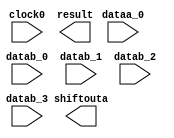
// megafunction wizard: %ALTMULT_ADD%VBB%
// GENERATION: STANDARD
// VERSION: WM1.0
// MODULE: ALTMULT_ADD 

// ============================================================
// Megafunction Name(s):
// 			ALTMULT_ADD
//
// Simulation Library Files(s):
// 			altera_mf
// ============================================================
// ************************************************************
// THIS IS A WIZARD-GENERATED FILE. DO NOT EDIT THIS FILE!
//
// 13.0.1 Build 232 06/12/2013 SP 1 SJ Full Version
// ************************************************************

//Copyright (C) 1991-2013 Altera Corporation
//Your use of Altera Corporation's design tools, logic functions 
//and other software and tools, and its AMPP partner logic 
//functions, and any output files from any of the foregoing 
//(including device programming or simulation files), and any 
//associated documentation or information are expressly subject 
//to the terms and conditions of the Altera Program License 
//Subscription Agreement, Altera MegaCore Function License 
//Agreement, or other applicable license agreement, including, 
//without limitation, that your use is for the sole purpose of 
//programming logic devices manufactured by Altera and sold by 
//Altera or its authorized distributors.  Please refer to the 
//applicable agreement for further details.

module multadd_logic (
	clock0,
	dataa_0,
	datab_0,
	datab_1,
	datab_2,
	datab_3,
	result,
	shiftouta);

	input	  clock0;
	input	[15:0]  dataa_0;
	input	[15:0]  datab_0;
	input	[15:0]  datab_1;
	input	[15:0]  datab_2;
	input	[15:0]  datab_3;
	output	[33:0]  result;
	output	[15:0]  shiftouta;
`ifndef ALTERA_RESERVED_QIS
// synopsys translate_off
`endif
	tri1	  clock0;
	tri0	[15:0]  dataa_0;
	tri0	[15:0]  datab_0;
	tri0	[15:0]  datab_1;
	tri0	[15:0]  datab_2;
	tri0	[15:0]  datab_3;
`ifndef ALTERA_RESERVED_QIS
// synopsys translate_on
`endif

endmodule

// ============================================================
// CNX file retrieval info
// ============================================================
// Retrieval info: PRIVATE: ADDER1_ROUND_ACLR_SRC NUMERIC "3"
// Retrieval info: PRIVATE: ADDER1_ROUND_CLK_SRC NUMERIC "0"
// Retrieval info: PRIVATE: ADDER1_ROUND_OP STRING "Enabled"
// Retrieval info: PRIVATE: ADDER1_ROUND_PIPE_ACLR_SRC NUMERIC "3"
// Retrieval info: PRIVATE: ADDER1_ROUND_PIPE_CLK_SRC NUMERIC "0"
// Retrieval info: PRIVATE: ADDER1_ROUND_PIPE_REG STRING "1"
// Retrieval info: PRIVATE: ADDER1_ROUND_REG STRING "1"
// Retrieval info: PRIVATE: ADDER1_SAT_ACLR_SRC NUMERIC "3"
// Retrieval info: PRIVATE: ADDER1_SAT_CLK_SRC NUMERIC "0"
// Retrieval info: PRIVATE: ADDER1_SAT_OP STRING "Enabled"
// Retrieval info: PRIVATE: ADDER1_SAT_OVERFLOW_OUT NUMERIC "0"
// Retrieval info: PRIVATE: ADDER1_SAT_PIPE_ACLR_SRC NUMERIC "3"
// Retrieval info: PRIVATE: ADDER1_SAT_PIPE_CLK_SRC NUMERIC "0"
// Retrieval info: PRIVATE: ADDER1_SAT_PIPE_REG STRING "0"
// Retrieval info: PRIVATE: ADDER1_SAT_REG STRING "0"
// Retrieval info: PRIVATE: ADDER3_ROUND_ACLR_SRC NUMERIC "3"
// Retrieval info: PRIVATE: ADDER3_ROUND_CLK_SRC NUMERIC "0"
// Retrieval info: PRIVATE: ADDER3_ROUND_OP STRING "Enabled"
// Retrieval info: PRIVATE: ADDER3_ROUND_PIPE_ACLR_SRC NUMERIC "3"
// Retrieval info: PRIVATE: ADDER3_ROUND_PIPE_CLK_SRC NUMERIC "0"
// Retrieval info: PRIVATE: ADDER3_ROUND_PIPE_REG STRING "1"
// Retrieval info: PRIVATE: ADDER3_ROUND_REG STRING "0"
// Retrieval info: PRIVATE: ADDNSUB1_ACLR_SRC NUMERIC "3"
// Retrieval info: PRIVATE: ADDNSUB1_CLK_SRC NUMERIC "0"
// Retrieval info: PRIVATE: ADDNSUB1_PIPE_ACLR_SRC NUMERIC "3"
// Retrieval info: PRIVATE: ADDNSUB1_PIPE_CLK_SRC NUMERIC "0"
// Retrieval info: PRIVATE: ADDNSUB1_PIPE_REG STRING "1"
// Retrieval info: PRIVATE: ADDNSUB1_REG STRING "1"
// Retrieval info: PRIVATE: ADDNSUB3_ACLR_SRC NUMERIC "3"
// Retrieval info: PRIVATE: ADDNSUB3_CLK_SRC NUMERIC "0"
// Retrieval info: PRIVATE: ADDNSUB3_PIPE_ACLR_SRC NUMERIC "3"
// Retrieval info: PRIVATE: ADDNSUB3_PIPE_CLK_SRC NUMERIC "0"
// Retrieval info: PRIVATE: ADDNSUB3_PIPE_REG STRING "1"
// Retrieval info: PRIVATE: ADDNSUB3_REG STRING "0"
// Retrieval info: PRIVATE: ADD_ENABLE NUMERIC "0"
// Retrieval info: PRIVATE: ALL_REG_ACLR NUMERIC "0"
// Retrieval info: PRIVATE: A_ACLR_SRC_MULT0 NUMERIC "3"
// Retrieval info: PRIVATE: A_CLK_SRC_MULT0 NUMERIC "0"
// Retrieval info: PRIVATE: B_ACLR_SRC_MULT0 NUMERIC "3"
// Retrieval info: PRIVATE: B_CLK_SRC_MULT0 NUMERIC "0"
// Retrieval info: PRIVATE: HAS_MAC STRING "0"
// Retrieval info: PRIVATE: HAS_SAT_ROUND STRING "0"
// Retrieval info: PRIVATE: IMPL_STYLE_DEDICATED NUMERIC "0"
// Retrieval info: PRIVATE: IMPL_STYLE_DEFAULT NUMERIC "0"
// Retrieval info: PRIVATE: IMPL_STYLE_LCELL NUMERIC "1"
// Retrieval info: PRIVATE: INTENDED_DEVICE_FAMILY STRING "Arria GX"
// Retrieval info: PRIVATE: MULT01_ROUND_ACLR_SRC NUMERIC "3"
// Retrieval info: PRIVATE: MULT01_ROUND_CLK_SRC NUMERIC "0"
// Retrieval info: PRIVATE: MULT01_ROUND_OP STRING "Enabled"
// Retrieval info: PRIVATE: MULT01_ROUND_PIPE_ACLR_SRC NUMERIC "3"
// Retrieval info: PRIVATE: MULT01_ROUND_PIPE_CLK_SRC NUMERIC "0"
// Retrieval info: PRIVATE: MULT01_ROUND_PIPE_REG STRING "0"
// Retrieval info: PRIVATE: MULT01_ROUND_REG STRING "1"
// Retrieval info: PRIVATE: MULT01_SAT_ACLR_SRC NUMERIC "3"
// Retrieval info: PRIVATE: MULT01_SAT_CLK_SRC NUMERIC "0"
// Retrieval info: PRIVATE: MULT01_SAT_OP STRING "Enabled"
// Retrieval info: PRIVATE: MULT01_SAT_PIPE_ACLR_SRC NUMERIC "3"
// Retrieval info: PRIVATE: MULT01_SAT_PIPE_CLK_SRC NUMERIC "0"
// Retrieval info: PRIVATE: MULT01_SAT_PIPE_REG STRING "0"
// Retrieval info: PRIVATE: MULT01_SAT_REG STRING "1"
// Retrieval info: PRIVATE: MULT0_SAT_OVERFLOW_OUT NUMERIC "0"
// Retrieval info: PRIVATE: MULT1_SAT_OVERFLOW_OUT NUMERIC "0"
// Retrieval info: PRIVATE: MULT23_ROUND_ACLR_SRC NUMERIC "3"
// Retrieval info: PRIVATE: MULT23_ROUND_CLK_SRC NUMERIC "0"
// Retrieval info: PRIVATE: MULT23_ROUND_OP STRING "Enabled"
// Retrieval info: PRIVATE: MULT23_ROUND_PIPE_ACLR_SRC NUMERIC "3"
// Retrieval info: PRIVATE: MULT23_ROUND_PIPE_CLK_SRC NUMERIC "0"
// Retrieval info: PRIVATE: MULT23_ROUND_PIPE_REG STRING "0"
// Retrieval info: PRIVATE: MULT23_ROUND_REG STRING "0"
// Retrieval info: PRIVATE: MULT23_SAT_ACLR_SRC NUMERIC "3"
// Retrieval info: PRIVATE: MULT23_SAT_CLK_SRC NUMERIC "0"
// Retrieval info: PRIVATE: MULT23_SAT_OP STRING "Enabled"
// Retrieval info: PRIVATE: MULT23_SAT_PIPE_ACLR_SRC NUMERIC "3"
// Retrieval info: PRIVATE: MULT23_SAT_PIPE_CLK_SRC NUMERIC "0"
// Retrieval info: PRIVATE: MULT23_SAT_PIPE_REG STRING "0"
// Retrieval info: PRIVATE: MULT23_SAT_REG STRING "0"
// Retrieval info: PRIVATE: MULT2_SAT_OVERFLOW_OUT NUMERIC "0"
// Retrieval info: PRIVATE: MULT3_SAT_OVERFLOW_OUT NUMERIC "0"
// Retrieval info: PRIVATE: MULT_REGA0 NUMERIC "1"
// Retrieval info: PRIVATE: MULT_REGB0 NUMERIC "0"
// Retrieval info: PRIVATE: MULT_REGOUT0 NUMERIC "1"
// Retrieval info: PRIVATE: NUM_MULT STRING "4"
// Retrieval info: PRIVATE: OP1 STRING "Add"
// Retrieval info: PRIVATE: OP3 STRING "Add"
// Retrieval info: PRIVATE: OUTPUT_EXTRA_LAT NUMERIC "0"
// Retrieval info: PRIVATE: OUTPUT_REG_ACLR_SRC NUMERIC "3"
// Retrieval info: PRIVATE: OUTPUT_REG_CLK_SRC NUMERIC "0"
// Retrieval info: PRIVATE: Q_ACLR_SRC_MULT0 NUMERIC "3"
// Retrieval info: PRIVATE: Q_CLK_SRC_MULT0 NUMERIC "0"
// Retrieval info: PRIVATE: REG_OUT NUMERIC "1"
// Retrieval info: PRIVATE: RNFORMAT STRING "34"
// Retrieval info: PRIVATE: RQFORMAT STRING "Q1.15"
// Retrieval info: PRIVATE: RTS_WIDTH STRING "34"
// Retrieval info: PRIVATE: SAME_CONFIG NUMERIC "1"
// Retrieval info: PRIVATE: SAME_CONTROL_SRC_A0 NUMERIC "1"
// Retrieval info: PRIVATE: SAME_CONTROL_SRC_B0 NUMERIC "1"
// Retrieval info: PRIVATE: SCANOUTA NUMERIC "1"
// Retrieval info: PRIVATE: SCANOUTB NUMERIC "0"
// Retrieval info: PRIVATE: SHIFTOUTA_ACLR_SRC NUMERIC "3"
// Retrieval info: PRIVATE: SHIFTOUTA_CLK_SRC NUMERIC "0"
// Retrieval info: PRIVATE: SHIFTOUTA_REG STRING "0"
// Retrieval info: PRIVATE: SIGNA STRING "UNSIGNED"
// Retrieval info: PRIVATE: SIGNA_ACLR_SRC NUMERIC "3"
// Retrieval info: PRIVATE: SIGNA_CLK_SRC NUMERIC "0"
// Retrieval info: PRIVATE: SIGNA_PIPE_ACLR_SRC NUMERIC "3"
// Retrieval info: PRIVATE: SIGNA_PIPE_CLK_SRC NUMERIC "0"
// Retrieval info: PRIVATE: SIGNA_PIPE_REG STRING "1"
// Retrieval info: PRIVATE: SIGNA_REG STRING "1"
// Retrieval info: PRIVATE: SIGNB STRING "SIGNED"
// Retrieval info: PRIVATE: SIGNB_ACLR_SRC NUMERIC "3"
// Retrieval info: PRIVATE: SIGNB_CLK_SRC NUMERIC "0"
// Retrieval info: PRIVATE: SIGNB_PIPE_ACLR_SRC NUMERIC "3"
// Retrieval info: PRIVATE: SIGNB_PIPE_CLK_SRC NUMERIC "0"
// Retrieval info: PRIVATE: SIGNB_PIPE_REG STRING "1"
// Retrieval info: PRIVATE: SIGNB_REG STRING "0"
// Retrieval info: PRIVATE: SRCA0 STRING "Shiftin input"
// Retrieval info: PRIVATE: SRCB0 STRING "Multiplier input"
// Retrieval info: PRIVATE: SYNTH_WRAPPER_GEN_POSTFIX STRING "0"
// Retrieval info: PRIVATE: WIDTHA STRING "16"
// Retrieval info: PRIVATE: WIDTHB STRING "16"
// Retrieval info: LIBRARY: altera_mf altera_mf.altera_mf_components.all
// Retrieval info: CONSTANT: ADDNSUB_MULTIPLIER_ACLR1 STRING "UNUSED"
// Retrieval info: CONSTANT: ADDNSUB_MULTIPLIER_PIPELINE_ACLR1 STRING "UNUSED"
// Retrieval info: CONSTANT: ADDNSUB_MULTIPLIER_PIPELINE_ACLR3 STRING "UNUSED"
// Retrieval info: CONSTANT: ADDNSUB_MULTIPLIER_PIPELINE_REGISTER1 STRING "CLOCK0"
// Retrieval info: CONSTANT: ADDNSUB_MULTIPLIER_PIPELINE_REGISTER3 STRING "CLOCK0"
// Retrieval info: CONSTANT: ADDNSUB_MULTIPLIER_REGISTER1 STRING "CLOCK0"
// Retrieval info: CONSTANT: ADDNSUB_MULTIPLIER_REGISTER3 STRING "UNREGISTERED"
// Retrieval info: CONSTANT: DEDICATED_MULTIPLIER_CIRCUITRY STRING "NO"
// Retrieval info: CONSTANT: INPUT_ACLR_A0 STRING "UNUSED"
// Retrieval info: CONSTANT: INPUT_ACLR_A1 STRING "UNUSED"
// Retrieval info: CONSTANT: INPUT_ACLR_A2 STRING "UNUSED"
// Retrieval info: CONSTANT: INPUT_ACLR_A3 STRING "UNUSED"
// Retrieval info: CONSTANT: INPUT_REGISTER_A0 STRING "CLOCK0"
// Retrieval info: CONSTANT: INPUT_REGISTER_A1 STRING "CLOCK0"
// Retrieval info: CONSTANT: INPUT_REGISTER_A2 STRING "CLOCK0"
// Retrieval info: CONSTANT: INPUT_REGISTER_A3 STRING "CLOCK0"
// Retrieval info: CONSTANT: INPUT_REGISTER_B0 STRING "UNREGISTERED"
// Retrieval info: CONSTANT: INPUT_REGISTER_B1 STRING "UNREGISTERED"
// Retrieval info: CONSTANT: INPUT_REGISTER_B2 STRING "UNREGISTERED"
// Retrieval info: CONSTANT: INPUT_REGISTER_B3 STRING "UNREGISTERED"
// Retrieval info: CONSTANT: INPUT_SOURCE_A0 STRING "DATAA"
// Retrieval info: CONSTANT: INPUT_SOURCE_A1 STRING "SCANA"
// Retrieval info: CONSTANT: INPUT_SOURCE_A2 STRING "SCANA"
// Retrieval info: CONSTANT: INPUT_SOURCE_A3 STRING "SCANA"
// Retrieval info: CONSTANT: INPUT_SOURCE_B0 STRING "DATAB"
// Retrieval info: CONSTANT: INPUT_SOURCE_B1 STRING "DATAB"
// Retrieval info: CONSTANT: INPUT_SOURCE_B2 STRING "DATAB"
// Retrieval info: CONSTANT: INPUT_SOURCE_B3 STRING "DATAB"
// Retrieval info: CONSTANT: INTENDED_DEVICE_FAMILY STRING "Arria GX"
// Retrieval info: CONSTANT: LPM_TYPE STRING "altmult_add"
// Retrieval info: CONSTANT: MULTIPLIER1_DIRECTION STRING "ADD"
// Retrieval info: CONSTANT: MULTIPLIER3_DIRECTION STRING "ADD"
// Retrieval info: CONSTANT: MULTIPLIER_ACLR0 STRING "UNUSED"
// Retrieval info: CONSTANT: MULTIPLIER_ACLR1 STRING "UNUSED"
// Retrieval info: CONSTANT: MULTIPLIER_ACLR2 STRING "UNUSED"
// Retrieval info: CONSTANT: MULTIPLIER_ACLR3 STRING "UNUSED"
// Retrieval info: CONSTANT: MULTIPLIER_REGISTER0 STRING "CLOCK0"
// Retrieval info: CONSTANT: MULTIPLIER_REGISTER1 STRING "CLOCK0"
// Retrieval info: CONSTANT: MULTIPLIER_REGISTER2 STRING "CLOCK0"
// Retrieval info: CONSTANT: MULTIPLIER_REGISTER3 STRING "CLOCK0"
// Retrieval info: CONSTANT: NUMBER_OF_MULTIPLIERS NUMERIC "4"
// Retrieval info: CONSTANT: OUTPUT_ACLR STRING "UNUSED"
// Retrieval info: CONSTANT: OUTPUT_REGISTER STRING "CLOCK0"
// Retrieval info: CONSTANT: PORT_ADDNSUB1 STRING "PORT_UNUSED"
// Retrieval info: CONSTANT: PORT_ADDNSUB3 STRING "PORT_UNUSED"
// Retrieval info: CONSTANT: PORT_SIGNA STRING "PORT_UNUSED"
// Retrieval info: CONSTANT: PORT_SIGNB STRING "PORT_UNUSED"
// Retrieval info: CONSTANT: REPRESENTATION_A STRING "UNSIGNED"
// Retrieval info: CONSTANT: REPRESENTATION_B STRING "SIGNED"
// Retrieval info: CONSTANT: SIGNED_ACLR_A STRING "UNUSED"
// Retrieval info: CONSTANT: SIGNED_PIPELINE_ACLR_A STRING "UNUSED"
// Retrieval info: CONSTANT: SIGNED_PIPELINE_ACLR_B STRING "UNUSED"
// Retrieval info: CONSTANT: SIGNED_PIPELINE_REGISTER_A STRING "CLOCK0"
// Retrieval info: CONSTANT: SIGNED_PIPELINE_REGISTER_B STRING "CLOCK0"
// Retrieval info: CONSTANT: SIGNED_REGISTER_A STRING "CLOCK0"
// Retrieval info: CONSTANT: SIGNED_REGISTER_B STRING "UNREGISTERED"
// Retrieval info: CONSTANT: WIDTH_A NUMERIC "16"
// Retrieval info: CONSTANT: WIDTH_B NUMERIC "16"
// Retrieval info: CONSTANT: WIDTH_RESULT NUMERIC "34"
// Retrieval info: USED_PORT: clock0 0 0 0 0 INPUT VCC "clock0"
// Retrieval info: USED_PORT: dataa_0 0 0 16 0 INPUT GND "dataa_0[15..0]"
// Retrieval info: USED_PORT: datab_0 0 0 16 0 INPUT GND "datab_0[15..0]"
// Retrieval info: USED_PORT: datab_1 0 0 16 0 INPUT GND "datab_1[15..0]"
// Retrieval info: USED_PORT: datab_2 0 0 16 0 INPUT GND "datab_2[15..0]"
// Retrieval info: USED_PORT: datab_3 0 0 16 0 INPUT GND "datab_3[15..0]"
// Retrieval info: USED_PORT: result 0 0 34 0 OUTPUT GND "result[33..0]"
// Retrieval info: USED_PORT: shiftouta 0 0 16 0 OUTPUT GND "shiftouta[15..0]"
// Retrieval info: CONNECT: @clock0 0 0 0 0 clock0 0 0 0 0
// Retrieval info: CONNECT: @dataa 0 0 16 16 GND 0 0 16 0
// Retrieval info: CONNECT: @dataa 0 0 16 32 GND 0 0 16 0
// Retrieval info: CONNECT: @dataa 0 0 16 48 GND 0 0 16 0
// Retrieval info: CONNECT: @dataa 0 0 16 0 dataa_0 0 0 16 0
// Retrieval info: CONNECT: @datab 0 0 16 0 datab_0 0 0 16 0
// Retrieval info: CONNECT: @datab 0 0 16 16 datab_1 0 0 16 0
// Retrieval info: CONNECT: @datab 0 0 16 32 datab_2 0 0 16 0
// Retrieval info: CONNECT: @datab 0 0 16 48 datab_3 0 0 16 0
// Retrieval info: CONNECT: result 0 0 34 0 @result 0 0 34 0
// Retrieval info: CONNECT: shiftouta 0 0 16 0 @scanouta 0 0 16 0
// Retrieval info: GEN_FILE: TYPE_NORMAL multadd_logic.v TRUE
// Retrieval info: GEN_FILE: TYPE_NORMAL multadd_logic.inc FALSE
// Retrieval info: GEN_FILE: TYPE_NORMAL multadd_logic.cmp FALSE
// Retrieval info: GEN_FILE: TYPE_NORMAL multadd_logic.bsf FALSE
// Retrieval info: GEN_FILE: TYPE_NORMAL multadd_logic_inst.v FALSE
// Retrieval info: GEN_FILE: TYPE_NORMAL multadd_logic_bb.v TRUE
// Retrieval info: LIB_FILE: altera_mf